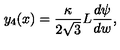
y _ { 4 } ( x ) = \frac { \kappa } { 2 \sqrt { 3 } } L \frac { d \psi } { d w } ,